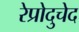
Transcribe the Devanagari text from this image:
रेप्रोदुचेद